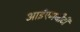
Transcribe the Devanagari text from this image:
आईएमजीटी